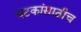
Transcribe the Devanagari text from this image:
घटकांसाठीच